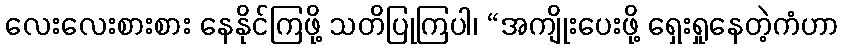
လေးလေးစားစား နေနိုင်ကြဖို့ သတိပြုကြပါ၊ “အကျိုးပေးဖို့ ရှေးရှုနေတဲ့ကံဟာ